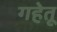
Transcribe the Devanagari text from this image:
गहेतू